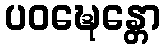
ပဝဍ္ဎေန္တော